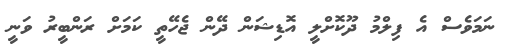
ނަމަވެސް އެ ފިލްމު ދޫކޮށްލީ އޮޑިޝަން ދޭން ޖެހޭތީ ކަމަށް ރަންބީރު ވަނީ